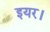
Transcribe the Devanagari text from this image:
इयर।